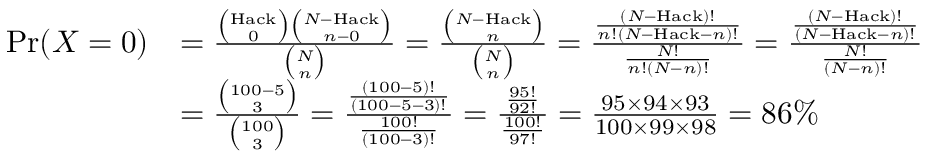
{ \begin{array} { r l } { \operatorname* { P r } ( X = 0 ) } & { = { \frac { { \binom { \mathrm { H a c k } } { 0 } } { \binom { N - { \mathrm { H a c k } } } { n - 0 } } } { \binom { N } { n } } } = { \frac { \binom { N - { \mathrm { H a c k } } } { n } } { \binom { N } { n } } } = { \frac { \frac { ( N - { \mathrm { H a c k } } ) ! } { n ! ( N - { \mathrm { H a c k } } - n ) ! } } { \frac { N ! } { n ! ( N - n ) ! } } } = { \frac { \frac { ( N - { \mathrm { H a c k } } ) ! } { ( N - { \mathrm { H a c k } } - n ) ! } } { \frac { N ! } { ( N - n ) ! } } } } \\ & { = { \frac { \binom { 1 0 0 - 5 } { 3 } } { \binom { 1 0 0 } { 3 } } } = { \frac { \frac { ( 1 0 0 - 5 ) ! } { ( 1 0 0 - 5 - 3 ) ! } } { \frac { 1 0 0 ! } { ( 1 0 0 - 3 ) ! } } } = { \frac { \frac { 9 5 ! } { 9 2 ! } } { \frac { 1 0 0 ! } { 9 7 ! } } } = { \frac { 9 5 \times 9 4 \times 9 3 } { 1 0 0 \times 9 9 \times 9 8 } } = 8 6 \% } \end{array} }